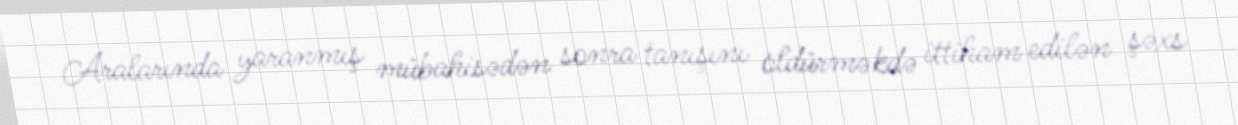
Aralarında yaranmış mübahisədən sonra tanışını öldürməkdə ittiham edilən şəxs